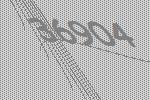
36904